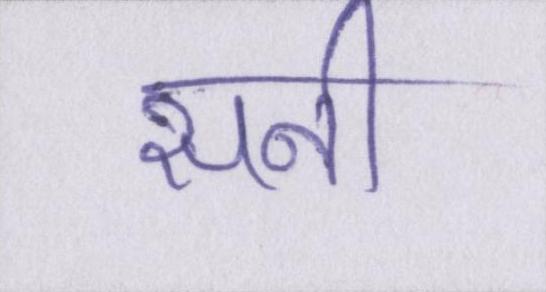
सनी